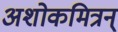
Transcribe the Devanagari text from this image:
अशोकमित्रन्